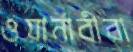
ওয়ার্নাবীরা